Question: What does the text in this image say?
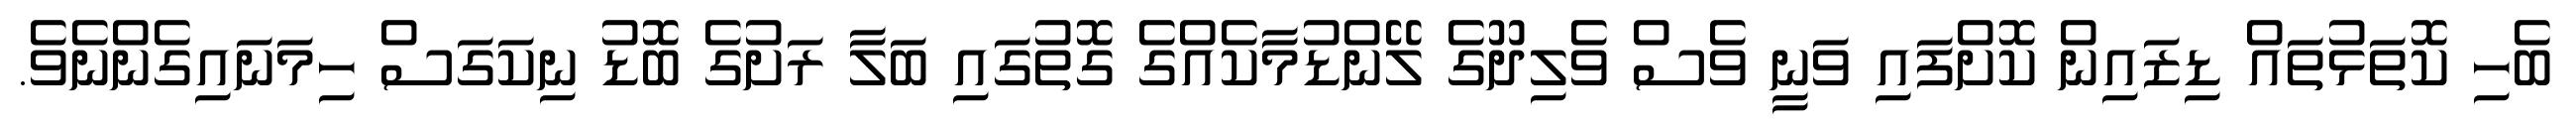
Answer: ބެހި ކޮތަޅުތައް ޑިޒައިން ކޮށްފައި ވަނީ ވެސް ވެލިދޫގެ ލޭންޑުމާކެއްގެ ގޮތުގައި ބަލާ ރަށުގެ ބޮޑު ނިކަގަސް ހިމަނައިގެންނެވެ.